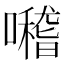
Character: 𡃊